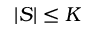
| S | \le K